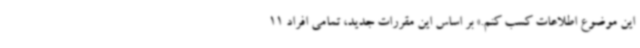
این موضوع اطلاعات کسب کنم.» بر اساس این مقررات جدید، تمامی افراد 11